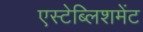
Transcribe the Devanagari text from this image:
एस्टेब्लिशमेंट